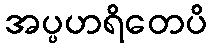
အပ္ပဟရိတေပိ